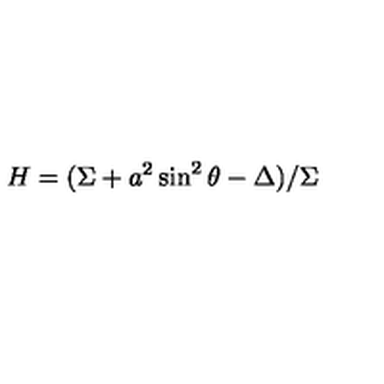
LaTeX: H = ( \Sigma + a ^ { 2 } \sin ^ { 2 } \theta - \Delta ) / \Sigma